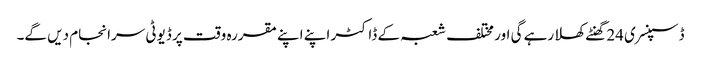
ڈسپنسری 24 گھنٹے کھلا رہے گی اور مختلف شعبہ کے ڈاکٹر اپنے اپنے مقررہ وقت پر ڈیوٹی سرانجام دیں گے۔